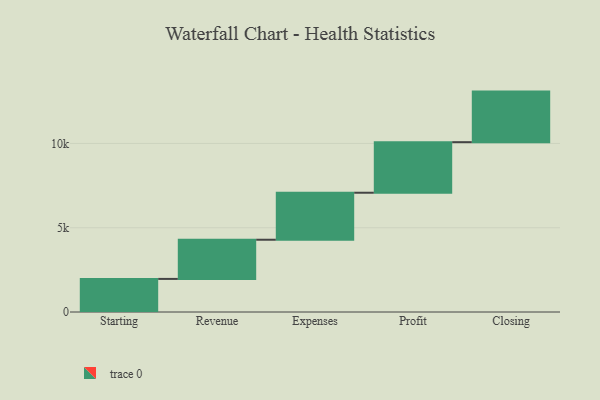
{"axis": {"x": "Step", "y": "Value"}, "legend": [""], "data": [{"x": "Starting", "y": 1963.0, "type": ""}, {"x": "Revenue", "y": 2324.0, "type": ""}, {"x": "Expenses", "y": 2789.0, "type": ""}, {"x": "Profit", "y": 3000, "type": ""}, {"x": "Closing", "y": 3000, "type": ""}]}